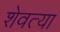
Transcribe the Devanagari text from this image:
शेवत्या